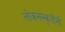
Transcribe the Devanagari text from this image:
लोकसंस्कृतींनी